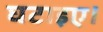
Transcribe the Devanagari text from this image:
घटाइए।